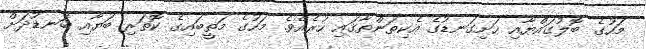
މަހުގެ ބޮލުގައްޔާއި ހަށިގަނޑުގެ އެކިތަންތާގައި ހުރެއެވެ. މަހުގެ މަތީބައިގެ ކޮތަރި ބަޔާއި ބަނޑުދަށް